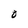
Character: O